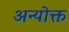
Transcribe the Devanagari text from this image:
अन्योक्त